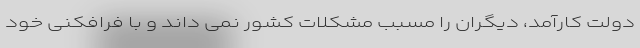
دولت کارآمد، دیگران را مسبب مشکلات کشور نمی داند و با فرافکنی خود